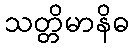
သတ္တိမာနိဓ